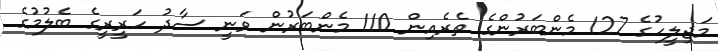
މަޖިލީހުގެ 127 މެންބަރުންގެ ތެރެއިން 110 މެންބަރުން ވަނީ ސާދު ހަރީރީގެ ބެލުމުގެ